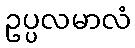
ဥပ္ပလမာလံ